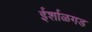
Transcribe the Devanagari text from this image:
ईर्शाळगड